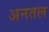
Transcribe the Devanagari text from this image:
अनतल